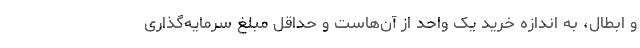
و ابطال، به اندازه خرید یک واحد از آن‌هاست و حداقل مبلغ سرمایه‌گذاری